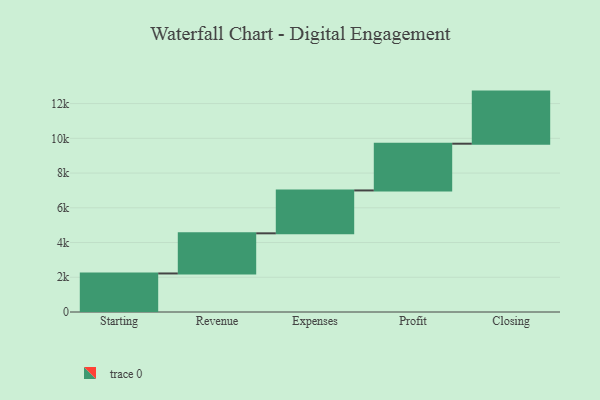
{"axis": {"x": "Step", "y": "Value"}, "legend": [""], "data": [{"x": "Starting", "y": 2219.0, "type": ""}, {"x": "Revenue", "y": 2311.0, "type": ""}, {"x": "Expenses", "y": 2469.0, "type": ""}, {"x": "Profit", "y": 2691.0, "type": ""}, {"x": "Closing", "y": 3000, "type": ""}]}